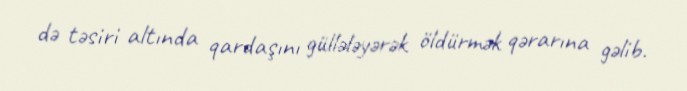
də təsiri altında qardaşını güllələyərək öldürmək qərarına gəlib.